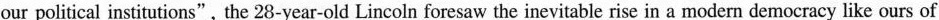
our political institutions",the 28-year-old Lincoln foresaw the inevitable rise in a rmodern democracy like ours of